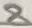
Text: 8